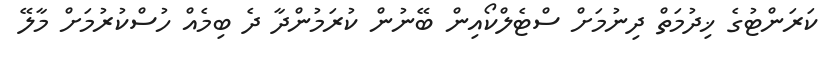
ކަރަންޓުގެ ޚިދުމަތް ދިނުމަށް ސްޓެލްކޯއިން ބޭނުން ކުރަމުންދާ ދެ ބިމެއް ހުސްކުރުމަށް މާލޭ